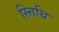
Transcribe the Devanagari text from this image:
स्त्तिथि